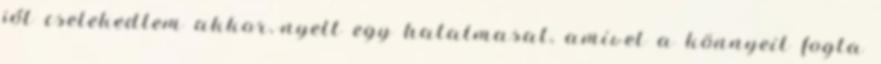
jól cselekedtem akkor.-nyelt egy hatalmasat, amivel a könnyeit fogta